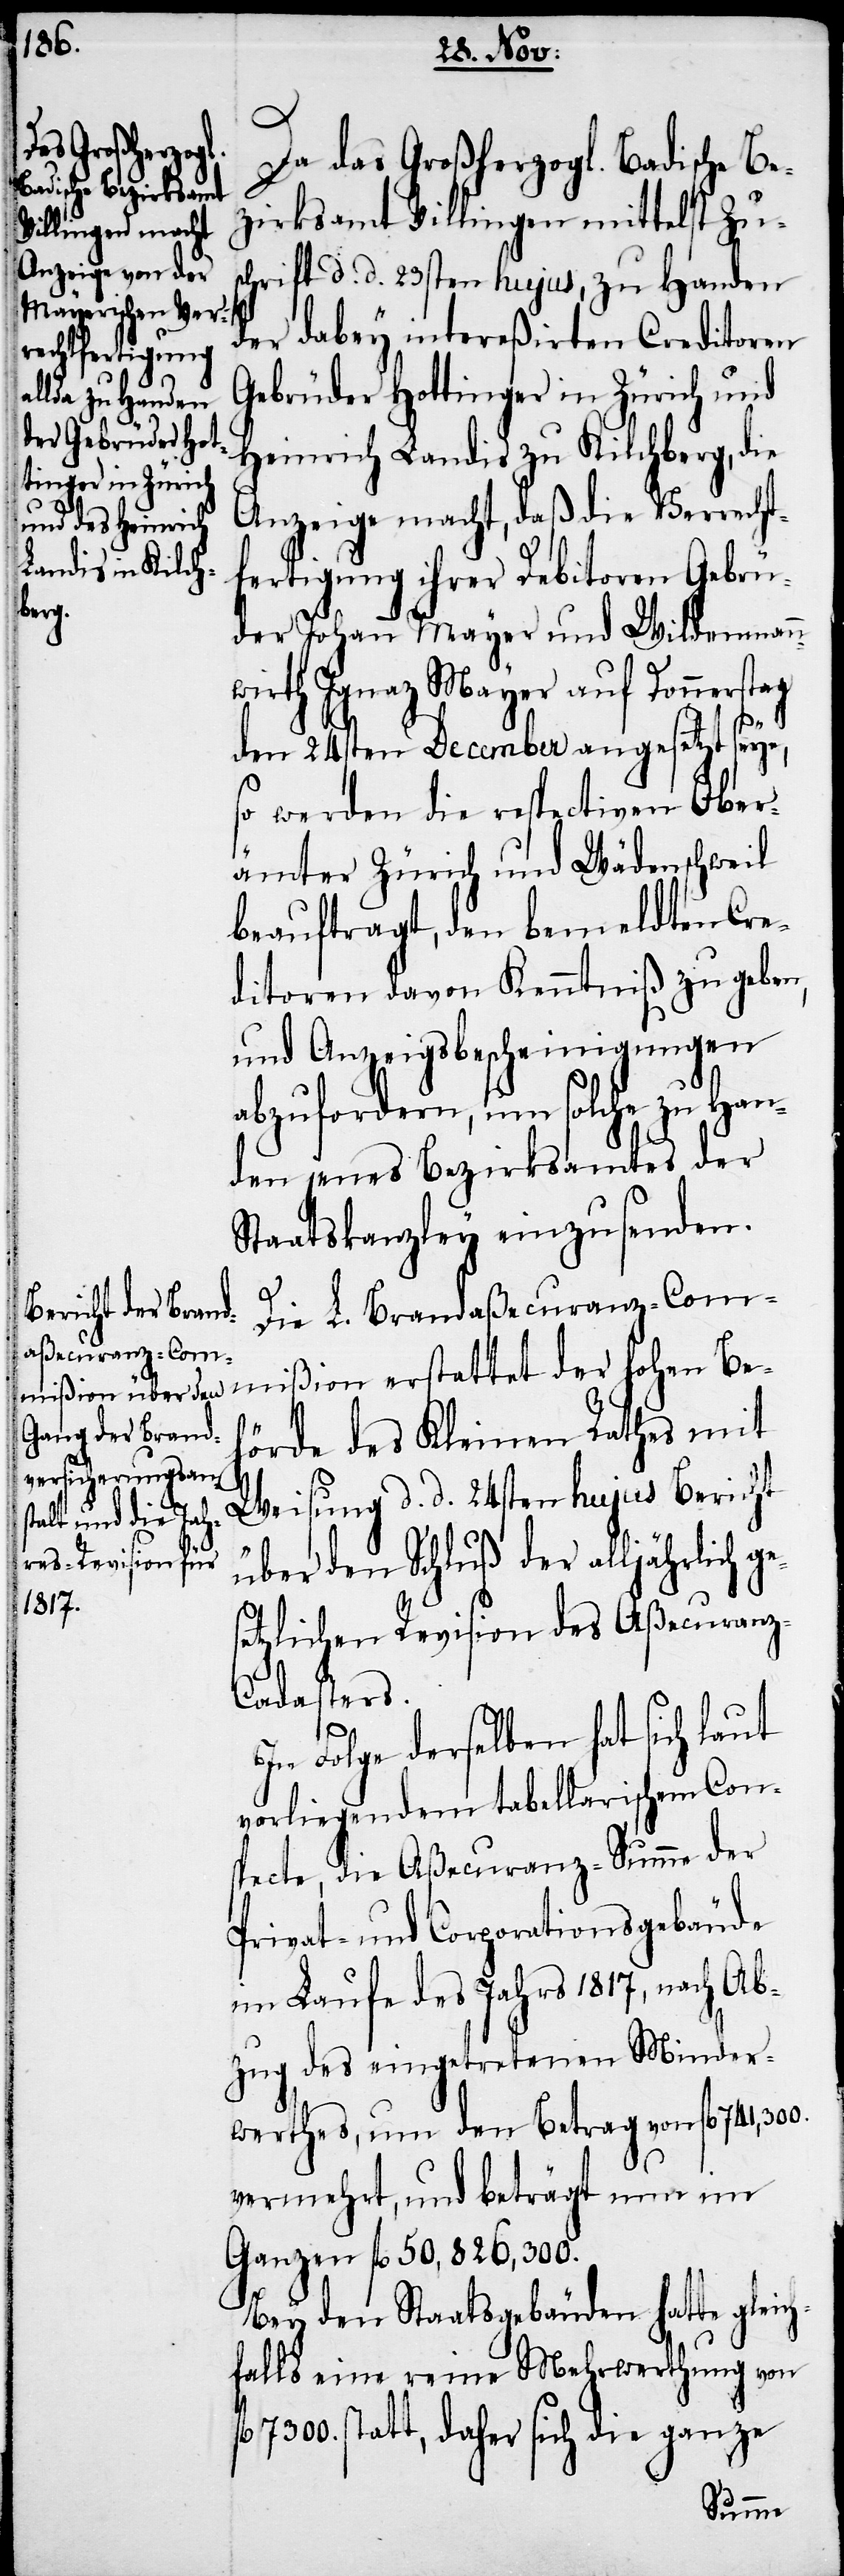
Da das Großherzogl. Badische Be¬
zirksamt Villingen mittelst Zus¬
chrift d. d. 23sten hujus, zu Handen
der dabey intereßirten Creditoren
Gebrüder Hottinger in Zürich und
Heinrich Landis zu Kilchberg, die
Anzeige macht, daß die Verrecht¬
fertigung ihrer Debitoren Gebrü¬
der Johann Mayer und Wildenmann¬
wirth Ignaz Mayer auf Donnerstag
den 24sten December angesetzt seye,
so werden die respectiven Ober¬
ämter Zürich und Wädenschweil
beauftragt, den bemeldten Cre¬
ditoren davon Kenntniß zu geben,
und Anzeigsbescheinigungen
abzufordern, um solche zu Han¬
den jenes Bezirksamtes der
Staatskanzley einzusenden.
Die L. Brandaßecuranz-Com¬
mißion erstattet der hohen Beh¬
örde des Kleinen Rathes mit
Weisung d. d. 24sten hujus Bericht
über den Schluß der alljährlich g¬
esetzlichen Revision des Aßecuranz-C¬
adasters.
In Folge derselben hat sich laut
vorliegendem tabellarischem Con¬
specte, die Aßecuranz-Summe der
Privat- und Corporationsgebäude
im Laufe des Jahrs 1817, nach Ab¬
zug des eingetretenen Minder¬
werthes, um den Betrag von fl 741,300.
vermehrt, und beträgt nun im
Ganzen fl 50,826,300.
Bey den Staatsgebäuden hatte gleich¬
falls eine reine Mehrwerthung von
7300. statt, daher sich die ganze